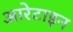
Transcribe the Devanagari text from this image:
आरेटाइन